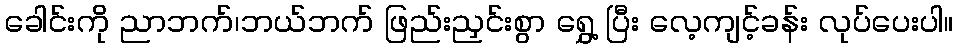
ခေါင်းကို ညာဘက်၊ဘယ်ဘက် ဖြည်းညှင်းစွာ ရွှေ့ ပြီး လေ့ကျင့်ခန်း လုပ်ပေးပါ။